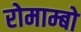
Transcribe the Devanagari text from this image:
रोमाम्बो